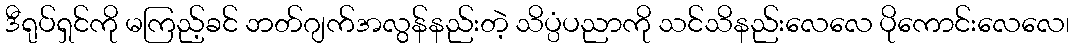
ဒီရုပ်ရှင်ကို မကြည့်ခင် ဘတ်ဂျက်အလွန်နည်းတဲ့ သိပ္ပံပညာကို သင်သိနည်းလေလေ ပိုကောင်းလေလေ၊